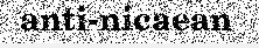
anti-nicaean